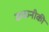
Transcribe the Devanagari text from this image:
ककनीकी